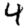
Digit: 4